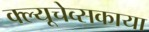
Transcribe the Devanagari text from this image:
क्ल्यूचेव्सकाया